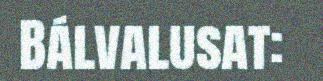
Bálvalusat: